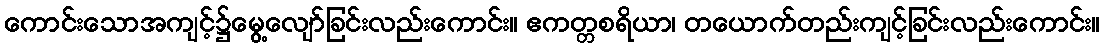
ကောင်းသောအကျင့်၌မွေ့လျော်ခြင်းလည်းကောင်း။ ဧကတ္တစရိယာ၊ တယောက်တည်းကျင့်ခြင်းလည်းကောင်း။